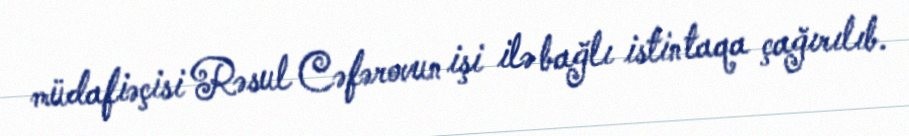
müdafiəçisi Rəsul Cəfərovun işi ilə bağlı istintaqa çağırılıb.